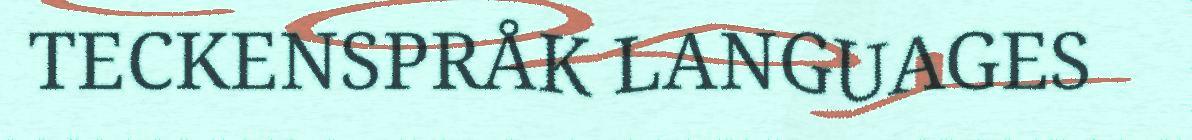
TECKENSPRÅK LANGUAGES